Account of plague administration in the Bombay Presidency from September 1896 till May 1897
Year: 1896
Disease focus: Plague
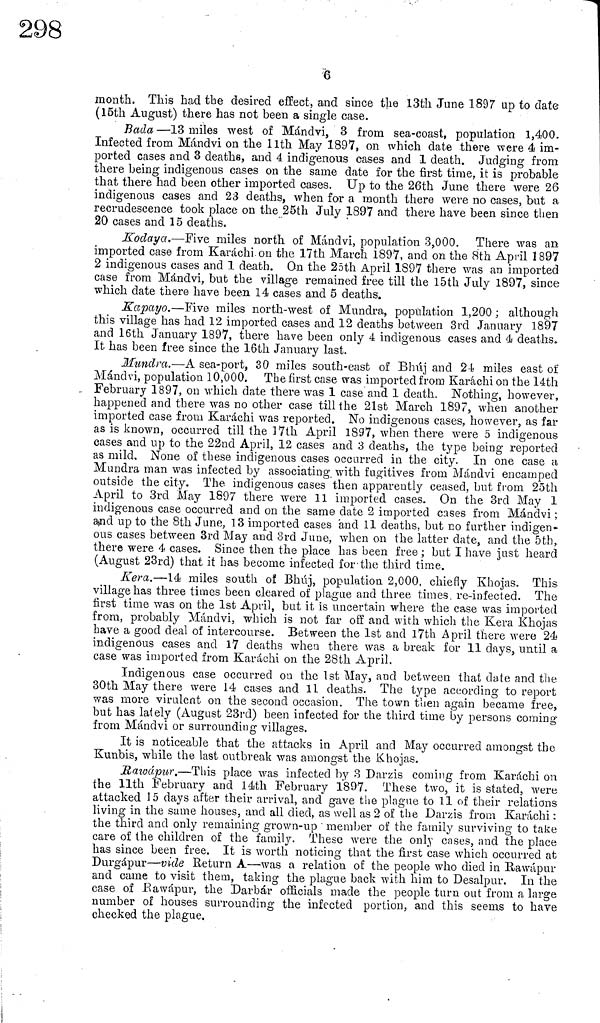
6
month. This had the desired effect, and since the 13th June 1897 up to date
(15th August) there has not been a single case.
Bada—13 miles west of Mándvi, 3 from sea-coast, population 1,400.
Infected from Mándvi on the 11th May 1897, on which date there were 4 im-
ported cases and 3 deaths, and 4 indigenous cases and 1 death. Judging from
there being indigenous cases on the same date for the first time, it is probable
that there had been other imported cases. Up to the 26th June there were 26
indigenous cases a.nd 23 deaths, when for a month there were no cases, but a
recrudescence took place on the 25th July 1897 and there have been since then
20 cases and 15 deaths.
Kodaya.—Five miles north of Mándvi, population 3,000. There was an
imported case from Karachi on the 17th March 1897, and on the 8th April 1897
2 indigenous cases and 1 death. On the 25th April 1897 there was an imported
case from Mándvi, but the village remained free till the 15th July 1897, since
which date there have been 14 cases and 5 deaths.
Kapayo.—Five miles north-west of Mundra, population 1,200 ; although
this village has had 12 imported cases and 12 deaths between 3rd January 1897
and 16th January 1897, there have been only 4 indigenous cases and 4 deaths.
It has been free since the 16th January last.
Mundra.—A sea-port, 30 miles south-east of Bhúj and 24 miles east of
Mándvi, population 10,000. The first case was imported from Karachi on the 14th
February 1897, on which date there was 1 case and 1 death. Nothing, however,
happened and there was no other case till the 21st March 1897, when another
imported case from Karachi was reported. No indigenous cases, however, as far
as is known, occurred till the 17th April 1897, when there were 5 indigenous
cases and up to the 22nd April, 12 cases and 3 deaths, the type being reported
as mild. None of these indigenous cases occurred in the city. In one case a,
Mundra man was infected by associating, with fugitives from Mándvi encamped
outside the city. The indigenous cases then apparently ceased, but from 25th
April to 3rd May 1897 there were 11 imported cases. On the 3rd May 1
indigenous case occurred and on the same date 2 imported cases from Mándvi ;
and up to the 8th June, 13 imported cases and 11 deaths, but no further indigen-
ous cases between 3rd May and 3rd June, when on the latter date, and the 5tb,
there were 4 cases. Since then the place has been free ; but I have just heard
(August 23rd) that it has become infected for the third time.
Kera.—14 miles south of Bhúj, population 2,000, chiefly Khojas. This
village has three times been cleared of plague and three times re-infected. The
first time was on the 1st April, but it is uncertain where the case was imported
from, probably Mándvi, which is not far off and with which the Kera Khojas
have a good deal of intercourse. Between the 1st and 17th April there were 24
indigenous cases and 17 deaths when there was a break for 11 days, until a
case was imported from Karachi on the 28th April.
Indigenous case occurred ou the 1st May, and between that date and the
30th May there were 14 cases and 11 deaths. The type according to report
was more virulent on the second occasion. The town then again became free,
but has lately (August 23rd) been infected for the third time by persons coming
from Mándvi or surrounding villages.
It is noticeable that the attacks in April and May occurred amongst the
Kunbis, while the last outbreak was amongst the Khojas.
Rawápur.—This place was infected by 3 Darzis coming from Karachi on
the llth February and 14th February 1897. These two, it is stated, were
attacked 15 days after their arrival, and gave the plague to 11 of their relations
living in the same houses, and all died, as well as 2 of the Darzis from Karachi :
the third and only remaining grown-up member of the family surviving to take
care of the children of the family. These were the only cases, and the place
has since been free. It is worth noticing that the first case which occurred at
Durgápur—vide Return A—was a relation of the people who died in Rawápur
and came to visit them, taking the plague back with him to Desalpur. In the
case of Eawápur, the Darbár officials made the people turn out from a large
number of houses surrounding the infected portion, and this seems to have
checked the plague.